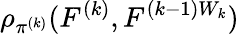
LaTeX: \rho_{\pi^{(k)}}(F^{(k)},F^{(k-1)W_{k}})